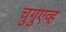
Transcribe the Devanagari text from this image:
चुगुएव्ह